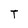
Character: T